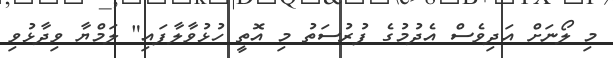
މި ލޯނަށް އަދިވެސް އެދުމުގެ ފުރުސަތު މި އޮތީ ހުޅުވާލާފައި" ލަމްޔާ ވިދާޅުވި